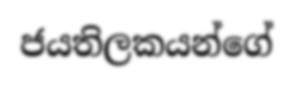
ජයතිලකයන්ගේ